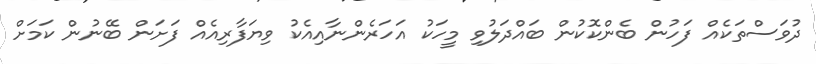
ދުވަސްތަކެއް ފަހުން ބެންކޮކުން ބައްދަލުވި މީހަކު އަހަރެންނާއިއެކު ވިޔަފާރިއެއް ފަށަން ބޭނުން ކަމަށް